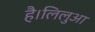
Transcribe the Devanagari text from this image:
है।लिलुआ